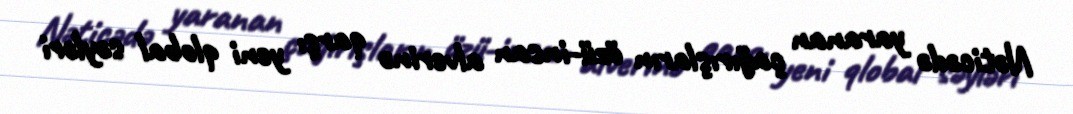
Nəticədə yaranan çağırışların özü-insan alverinə qarşı yeni qlobal səyləri